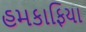
હમકાફિયા